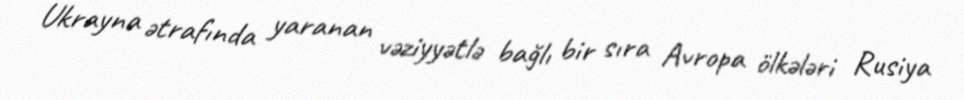
Ukrayna ətrafında yaranan vəziyyətlə bağlı bir sıra Avropa ölkələri Rusiya